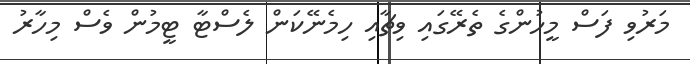
މަރުވި ފަސް މީހުންގެ ތެރޭގައި ވިޗާއި ހިމެނޭކަން ލެސްޓާ ޓީމުން ވެސް މިހާރު